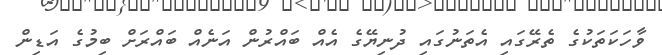
ވާހަކަތަކުގެ ތެރޭގައި އެތަނުގައި ދުނިޔޭގެ އެއް ބައްރުން އަނެއް ބައްރަށް ބިމުގެ އަޑިން